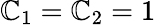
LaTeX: \mathbb{C}_{1}=\mathbb{C}_{2}=1